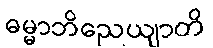
ဓမ္မာဘိညေယျာတိ